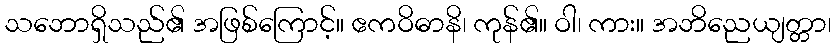
သဘောရှိသည်၏ အဖြစ်ကြောင့်။ ဧကဝိဓာနိ၊ ကုန်၏။ ဝါ၊ ကား။ အဘိညေယျတ္တာ၊